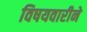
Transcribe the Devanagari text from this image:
विषयवारीने